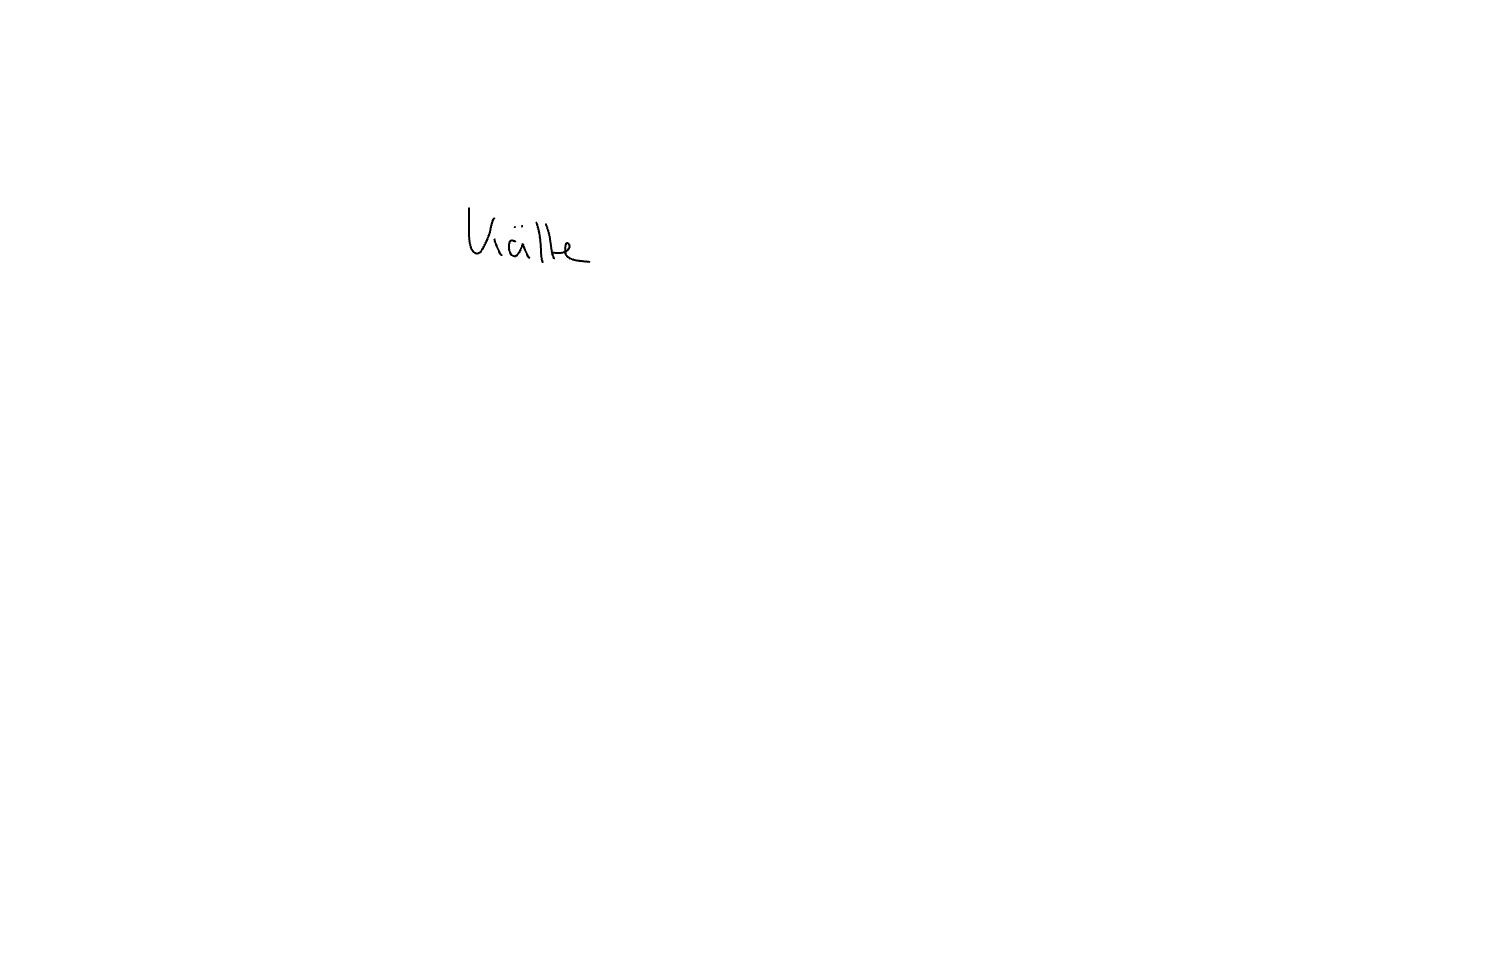
Text: Kälte